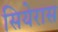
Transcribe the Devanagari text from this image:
सियेरास